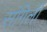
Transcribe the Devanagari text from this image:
संगिली